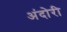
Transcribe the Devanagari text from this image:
अंदोरी